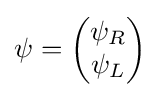
\psi ={\begin{pmatrix}\psi _{R}\\\psi _{L}\end{pmatrix}}